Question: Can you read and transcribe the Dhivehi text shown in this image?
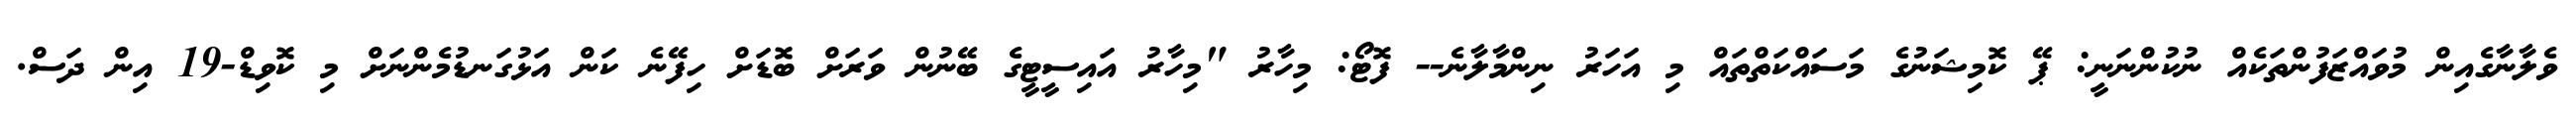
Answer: ވެލާނާގެއިން މުވައްޒަފުންތަކެއް ނުކުންނަނީ: ޕޭ ކޮމިޝަނުގެ މަސައްކަތްތައް މި އަހަރު ނިންމާލާނެ-- ފޮޓޯ: މިހާރު "މިހާރު އައިސީޓީގެ ބޭނުން ވަރަށް ބޮޑަށް ހިފޭނެ ކަން އަޅުގަނޑުމެންނަށް މި ކޮވިޑް-19 އިން ދަސް.